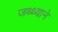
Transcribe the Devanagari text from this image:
जथ्थ्याने